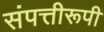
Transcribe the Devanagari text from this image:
संपत्तीरूपी